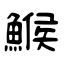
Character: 鯸